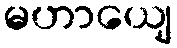
မဟာယျေ